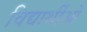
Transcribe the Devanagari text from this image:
विद्यार्थीओ